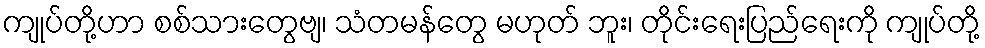
ကျုပ်တို့ဟာ စစ်သားတွေဗျ၊ သံတမန်တွေ မဟုတ် ဘူး၊ တိုင်းရေးပြည်ရေးကို ကျုပ်တို့